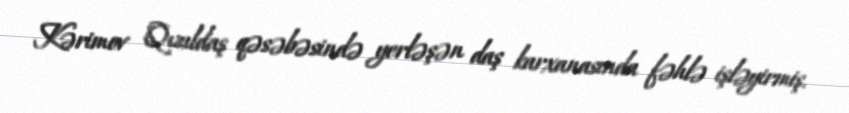
Kərimov Qızıldaş qəsəbəsində yerləşən daş karxanasında fəhlə işləyirmiş.